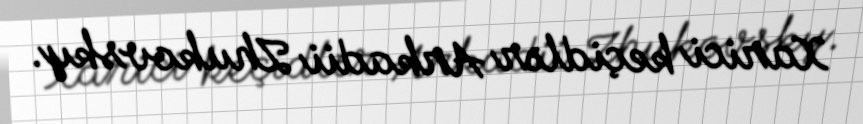
Xarici keçidlər Arkadii Zhukovsky.